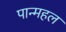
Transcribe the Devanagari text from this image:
पान्महल